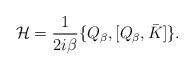
\begin{align*}{\cal H} = \frac{1}{2i\beta}\{Q_{\beta},[Q_{\beta}, \bar K]\}.\end{align*}